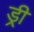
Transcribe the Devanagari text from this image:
ड्री